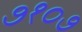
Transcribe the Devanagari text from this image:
७१०७